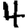
Digit: 4